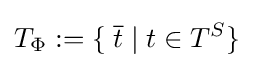
T_{\Phi }:=\{\;{\overline {t}}\mid t\in T^{S}\}